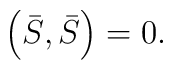
\left( \bar{S},\bar{S}\right) =0.